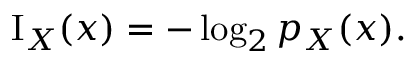
\operatorname { I } _ { X } ( x ) = - \log _ { 2 } { p _ { X } ( x ) } .